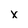
Character: x